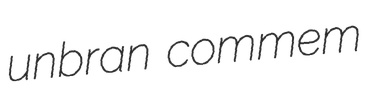
unbran commem